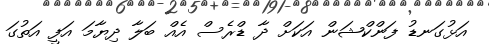
އަޅުގަނޑު ފަންކްޝަން އަކަށް ދާ ޑްރެސް އެއް ބަލާ ދިޔާމަ އަފީ އަތުގަ